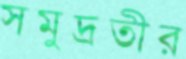
সমুদ্রতীর